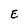
Character: E